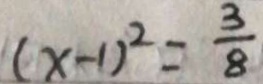
( x - 1 ) ^ { 2 } = \frac { 3 } { 8 }